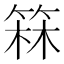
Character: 箖